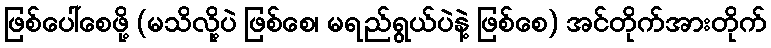
ဖြစ်ပေါ်စေဖို့ (မသိလို့ပဲ ဖြစ်စေ၊ မရည်ရွယ်ပဲနဲ့ ဖြစ်စေ) အင်တိုက်အားတိုက်